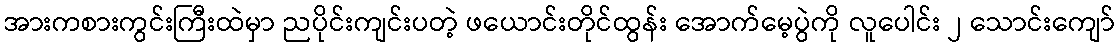
အားကစားကွင်းကြီးထဲမှာ ညပိုင်းကျင်းပတဲ့ ဖယောင်းတိုင်ထွန်း အောက်မေ့ပွဲကို လူပေါင်း ၂ သောင်းကျော်